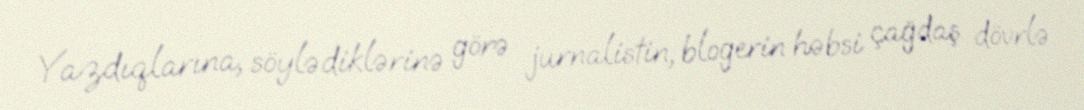
Yazdıqlarına, söylədiklərinə görə jurnalistin, blogerin həbsi çağdaş dövrlə